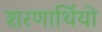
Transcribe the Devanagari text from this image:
शरणार्थियो